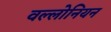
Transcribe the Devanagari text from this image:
वल्लोनियन